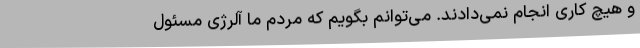
و هیچ کاری انجام نمی‌دادند. می‌توانم بگویم که مردم ما آلرژی مسئول